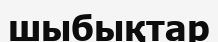
шыбықтар